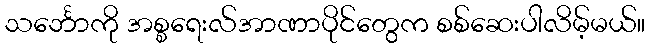
သင်္ဘောကို အစ္စရေးလ်အာဏာပိုင်တွေက စစ်ဆေးပါလိမ့်မယ်။